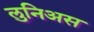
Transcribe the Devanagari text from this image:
लुनिअस